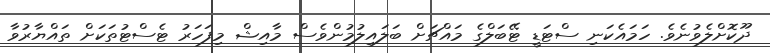
ދޫކޮށްލެވުނެވެ. ހަމައެކަނި ސްޓަޑީ ޓޭބަލްގެ މައްޗަށް ބަލައިލުމުންވެސް މާއިޝް މިފަހަރު ޓެސްޓުތަކަށް ތައްޔާރުވާ